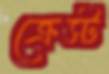
ক্রেস্ট